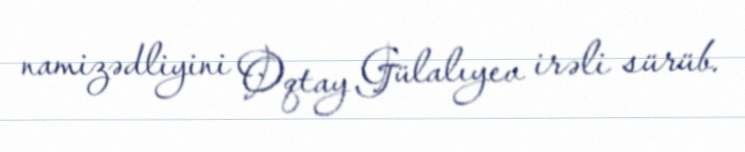
namizədliyini Oqtay Gülalıyev irəli sürüb.